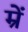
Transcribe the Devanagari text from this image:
म्रें